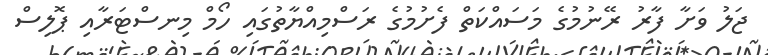
ޖަލު ވަށާ ފާރު ރޭނުމުގެ މަސައްކަތް ފެށުމުގެ ރަސްމިއްޔާތުގައި ހޯމް މިނސްޓަރާއި ޕޮލިސް